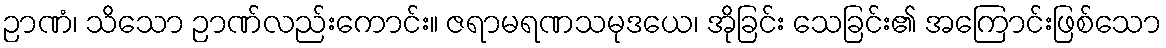
ဉာဏံ၊ သိသော ဉာဏ်လည်းကောင်း။ ဇရာမရဏသမုဒယေ၊ အိုခြင်း သေခြင်း၏ အကြောင်းဖြစ်သော